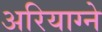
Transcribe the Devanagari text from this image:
अरियाग्ने